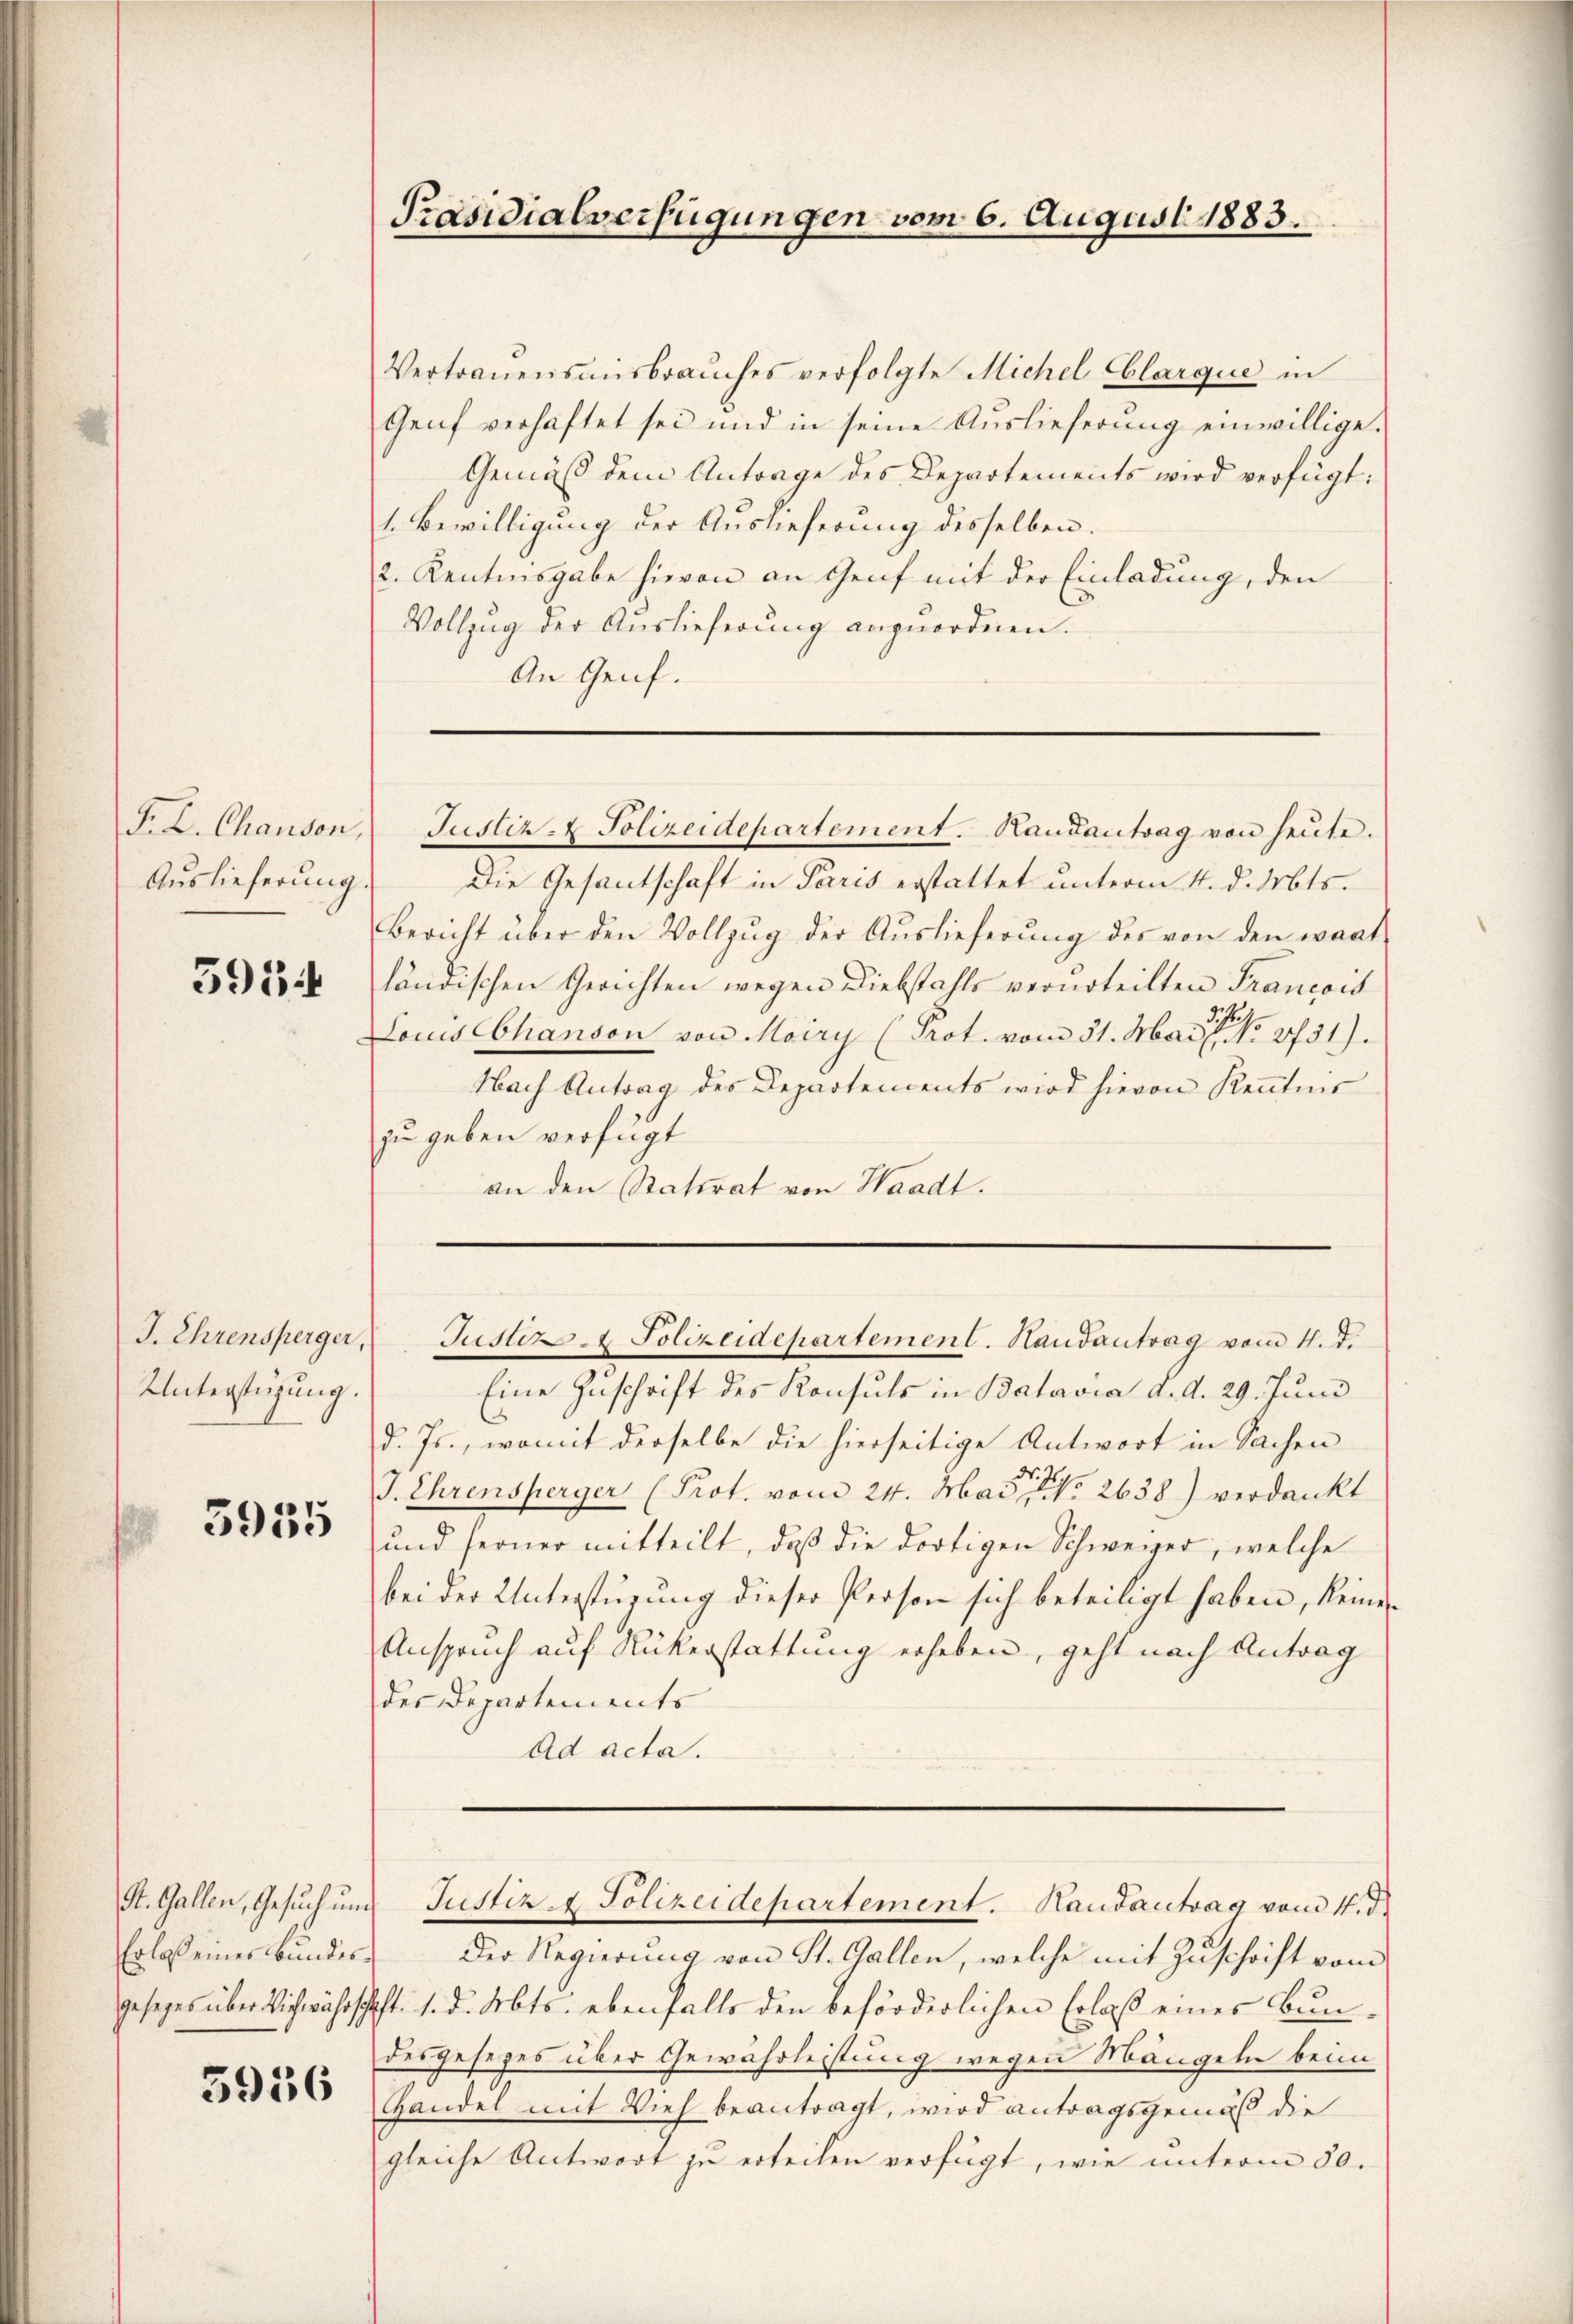
F. L. Chausen,
Auslieferung.

5934

Unterstüzung.

3935

Erlass einer Bundes¬

5936

Vertrauensmisbrauches verfolgte Michel Eblarque in
Genf verhaftet sei und in seine Auslieferung einwillige.
Gemäß dem Antrage des Departements wird verfügt:
1. Bewilligung der Auslieferung desselben.
2. Kantonsgabe hievon an Genf mit der Einladung, den
Vollzŭg der Auslieferŭng anzŭordnen.
An Genf.

Präsidialverfügungen vom 6. August 1883.

Die Gesantschaft in Paris erstattet unterm 4. d. Mts.
Bericht über den Vollzŭg der Aŭslieferŭng des von den wart
ländischen Gerichten wegen Diebstahls verurteilten Francois
Locus Abhanson von Moiry (Prot. vom 31. Mai 18731).
Nach Antrag des Departements wird hievon Kenntnis
zu geben verfügt
an den Ratsrat von Waadt.

Justiz- & Polizeidepartement. Handantrag von heute.

J. Ehrensperger Justiz- & Polizeidepartement. Handantrag vom 4. d.

Eine Zuschrift des Konsuls in Batavia d. d. 29. Juni
d. Js., womit derselbe die hierseitige Antwort in Sachen
J. Ehrensperger (Prot. vom 24. Mai der 2638) verdankt
und ferner mitteilt, daβ die dortigen Schweizer, welche
bei der Unterstüzung dieser Person sich beteiligt haben, keine
Anspruch auf Rükerstattung erheben, geht nach Antrag
des Departements
Ad acta.

St. Gallen, Gesŭch ŭm Justiz- & Polizeidepartement. Handantrag vom 4. d.

Der Regierung von St. Gallen, welche mit Zuschrift vom
gesezes über Wichwährschaft. 1. d. Mts. ebenfalls den beförderlichen Erlaß eines Bundesgesezes über Gewährleistung wegen Mängeln beim
Handel mit Vieh beantragt, wird antragsgemäß die
gleiche Antwort zu erteilen verfügt, wie unterm 30.